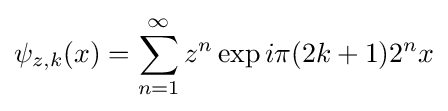
\psi _{z,k}(x)=\sum _{n=1}^{\infty }z^{n}\exp i\pi (2k+1)2^{n}x